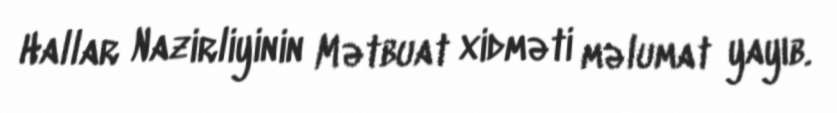
Hallar Nazirliyinin Mətbuat xidməti məlumat yayıb.